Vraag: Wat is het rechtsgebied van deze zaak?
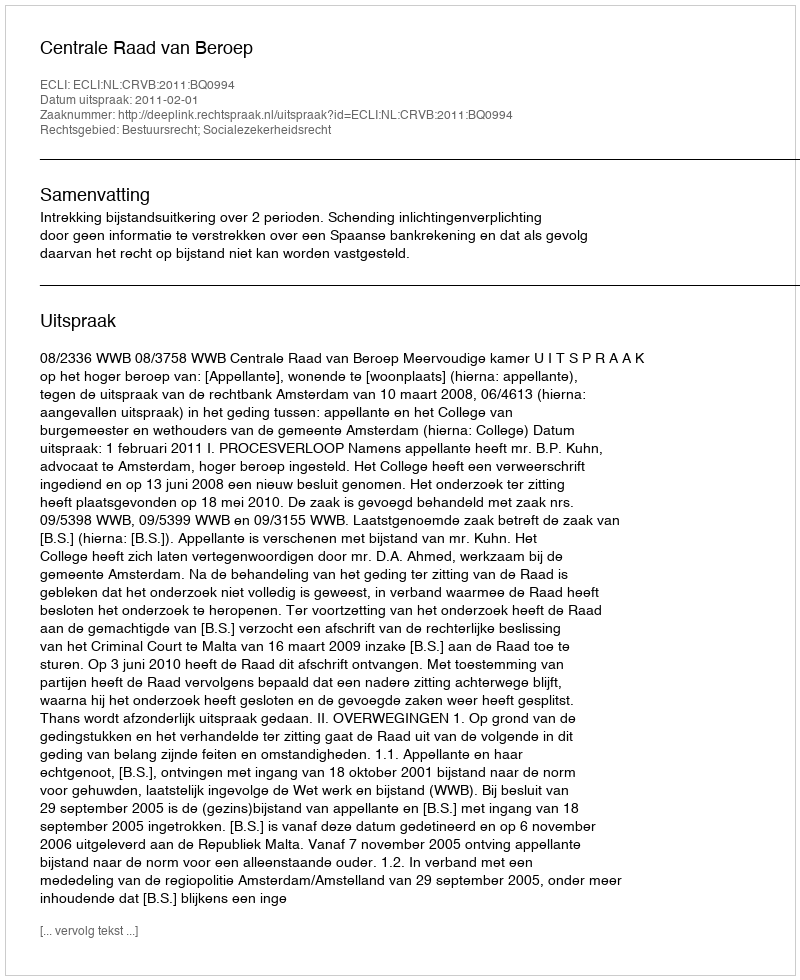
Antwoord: Bestuursrecht; Socialezekerheidsrecht